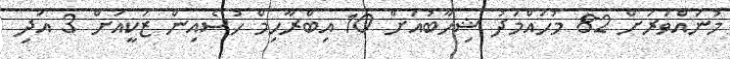
މުނައްވަރަށް 82 މުހައްމަދު ޝިހާބުއަށް 10 އިބްރާހިމް ހުސެއިން ޒަކީއަށް 3 އަދި